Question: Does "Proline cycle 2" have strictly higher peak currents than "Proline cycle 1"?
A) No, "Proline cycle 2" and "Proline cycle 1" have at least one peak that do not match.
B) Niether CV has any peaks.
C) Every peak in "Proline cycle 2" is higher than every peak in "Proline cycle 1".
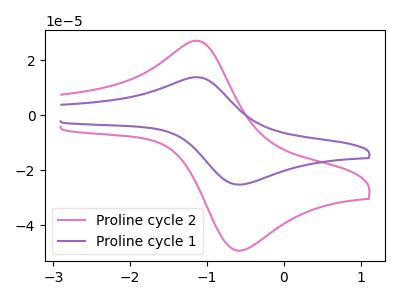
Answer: <think>The pink curve "Proline cycle 2" has an anodic peak at (-1.15V, 27.15uA) and a cathodic peak at (-0.65V, -49.00uA). The purple curve "Proline cycle 1" has an anodic peak at (-1.15V, 13.90uA) and a cathodic peak at (-0.65V, -25.05uA).</think>
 <answer>C) Every peak in "Proline cycle 2" is higher than every peak in "Proline cycle 1".</answer>
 <eval>C</eval>